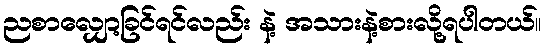
ညစာလျှော့ခြင်ရင်လည်း နဲ့ အသားနဲ့စားလို့ရပါတယ်။